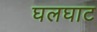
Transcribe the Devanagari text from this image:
घलघाट